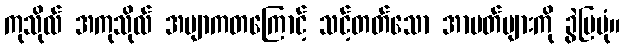
ကုသိုလ် အကုသိုလ် အဗျာကတကြောင့် သင့်တတ်သော အာပတ်များကို ခွဲပြပုံ။